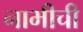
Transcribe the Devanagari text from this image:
नाभीची